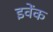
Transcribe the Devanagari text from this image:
इवेंक